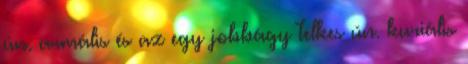
ún. armális és az egy jobbágy telkes ún. kuriális